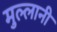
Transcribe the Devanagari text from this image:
मुल्लानी